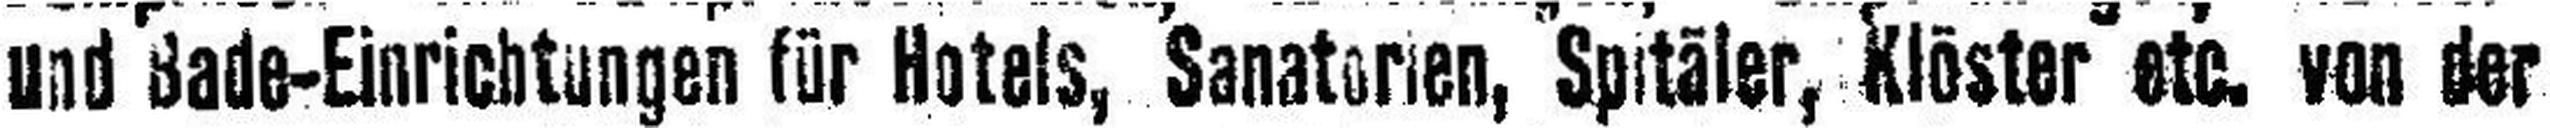
und Bade-Einrichtungen für Hotels, Sanatorien, Spitäler, Klöster etc. von der